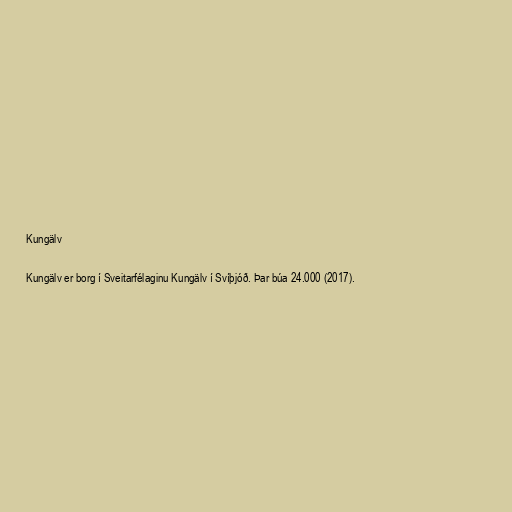
Kungälv

Kungälv er borg í Sveitarfélaginu Kungälv í Svíþjóð. Þar búa 24.000 (2017).